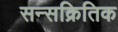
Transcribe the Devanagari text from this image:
सन्सक्रितिक